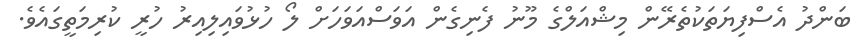
ބަންދު އެސްފިޔަތަކުތެރޭން މިޝްއަލްގެ މޫނު ފެނިގެން އަވަސްއަވަހަށް ލޯ ހުޅުވައިލިއިރު ހުރީ ކުރިމަތީގައެވެ.